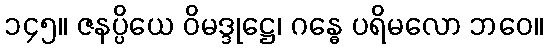
၁၄၅။ ဇနပ္ပိယေ ဝိမဒ္ဒုဋ္ဌေ၊ ဂန္ဓေ ပရိမလော ဘဝေ။